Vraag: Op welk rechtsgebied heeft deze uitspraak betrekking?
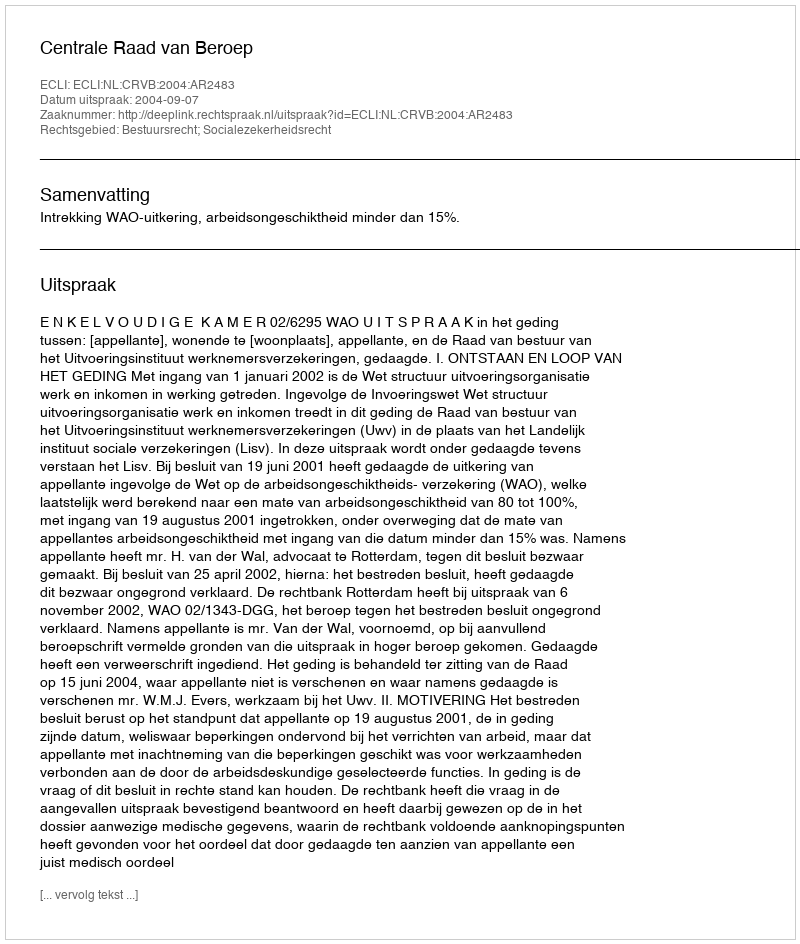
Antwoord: Bestuursrecht; Socialezekerheidsrecht